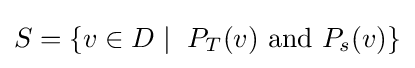
S=\{v\in D\mid \ P_{T}(v){\text{ and }}P_{s}(v)\}